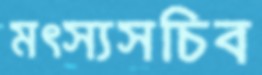
মৎস্যসচিব